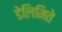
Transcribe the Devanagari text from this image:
डेलिमिते